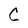
Character: C